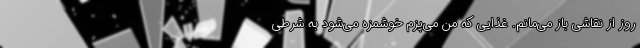
روز از نقاشی باز می‌مانم. غذایی که من می‌پزم خوشمزه می‌شود به شرطی